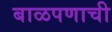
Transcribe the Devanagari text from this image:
बाळपणाची